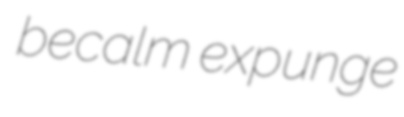
becalm expunge